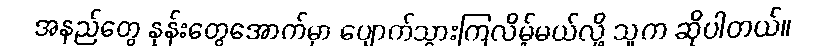
အနည်တွေ နုန်းတွေအောက်မှာ ပျောက်သွားကြလိမ့်မယ်လို့ သူက ဆိုပါတယ်။